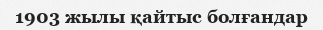
1903 жылы қайтыс болғандар